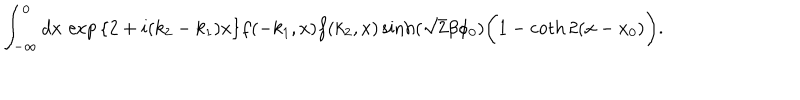
\int _ { - \infty } ^ { 0 } d x \, \exp { \left\{ 2 + i ( k _ { 2 } - k _ { 1 } ) x \right\} } f ( - k _ { 1 } , x ) f ( k _ { 2 } , x ) \sinh ( \sqrt { 2 } \beta \phi _ { 0 } ) \biggl ( 1 - \coth 2 ( x - x _ { 0 } ) \biggr ) .